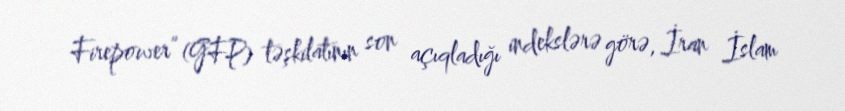
Firepower” (GFP) təşkilatının son açıqladığı indekslərə görə, İran İslam